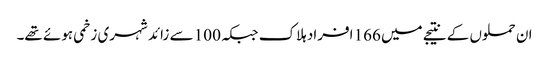
ان حملوں کے نتیجے میں 166 افراد ہلاک جبکہ 100 سے زائد شہری زخمی ہوئے تھے۔